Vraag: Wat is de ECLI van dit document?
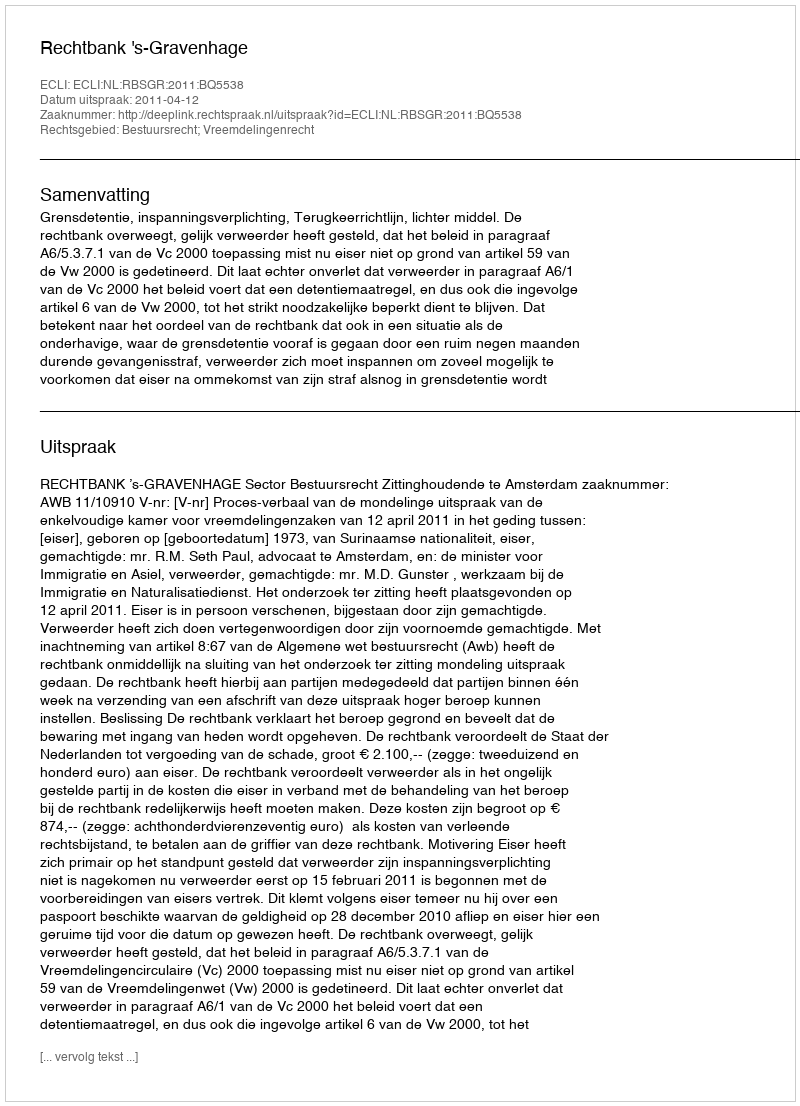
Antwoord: ECLI:NL:RBSGR:2011:BQ5538